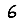
Digit: 6